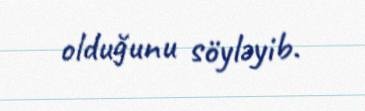
olduğunu söyləyib.